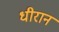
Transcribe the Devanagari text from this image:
धीरानं